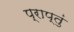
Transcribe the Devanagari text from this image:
प्राप्तुं